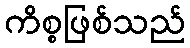
ကိစ္စဖြစ်သည်